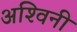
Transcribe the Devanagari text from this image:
अश्‍विनी